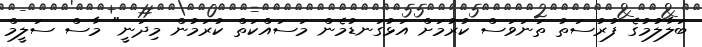
ބަލާލުމުގެ ފުރުސަތު ތަނަވަސް ކުރުމަށް އަޅުގަނޑުމެން މަސައްކަތް ކުރަމުން މިދަނީ" މާސް ސަލީމް